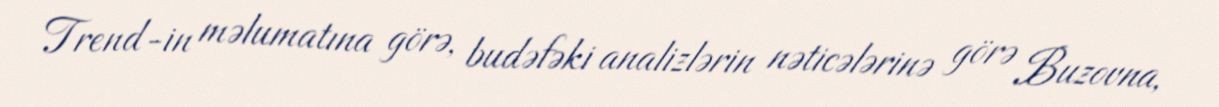
Trend-in məlumatına görə, budəfəki analizlərin nəticələrinə görə Buzovna,